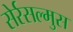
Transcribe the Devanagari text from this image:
सेर्रसल्मुस